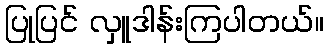
ပြုပြင် လှူဒါန်းကြပါတယ်။